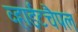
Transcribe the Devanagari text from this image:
व्हाईटचैपल